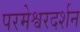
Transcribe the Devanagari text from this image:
परमेश्वरदर्शन